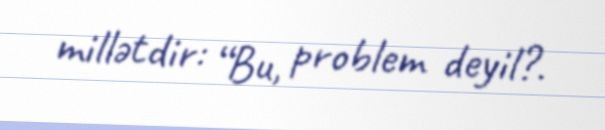
millətdir: “Bu, problem deyil?.